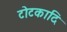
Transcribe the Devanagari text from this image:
टोटकादि